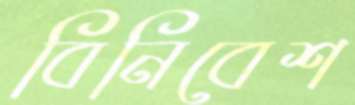
বিনিবেশ